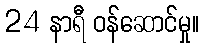
24 နာရီ ဝန်ဆောင်မှု။